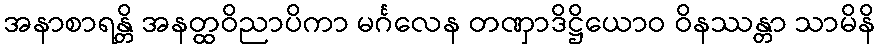
အနာစာရန္တိ အနတ္ထဝိညာပိကာ မင်္ဂလေန တဏှာဒိဋ္ဌိယောဝ ဝိနဿန္တာ သာမိနိ